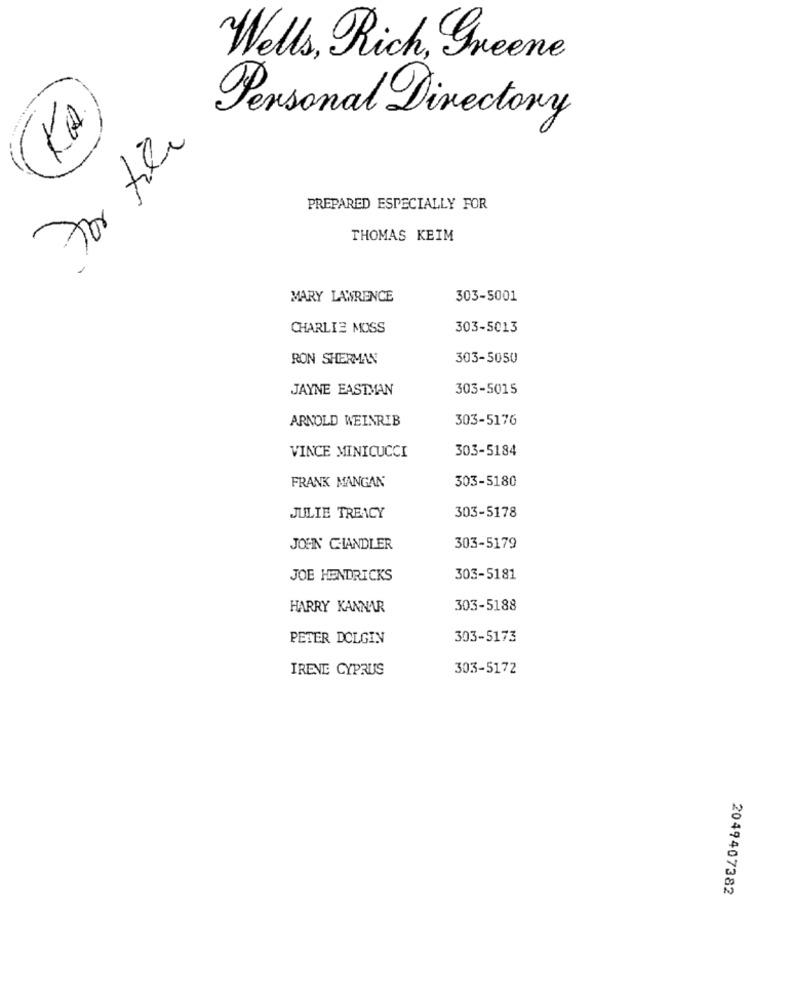
Wells, Rich, Greene
Personal Directory
for tile
PREPARED ESPECIALLY FOR
THOMAS KEIM
MARY LAWRENCE
303-5001
CHARLIE MOSS
303-5013
RON SHERMAN
303-5050
JAYNE EASTMAN
303-5015
ARNOLD WEINRIB
303-5176
303-5184
VINCE MINICUCCI
303-5180
FRANK MANGAN
JULIE TREACY
303-5178
JOEN CHIANDLER
303-5179
JOE HENDRICKS
303-5181
HARRY KANNAR
303-5188
PETER DOLGIN
303-5173
IRENE CYPRUS
303-5172
2049407382